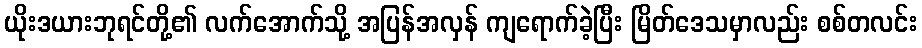
ယိုးဒယားဘုရင်တို့၏ လက်အောက်သို့ အပြန်အလှန် ကျရောက်ခဲ့ပြီး မြိတ်ဒေသမှာလည်း စစ်တလင်း